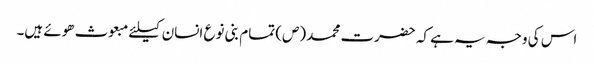
اس کی وجہ یہ ہے کہ حضرت محمد (ص) تمام بنی نوع انسان کیلئے مبعوث ھوئے ہیں۔